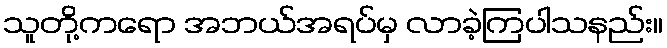
သူတို့ကရော အဘယ်အရပ်မှ လာခဲ့ကြပါသနည်း။